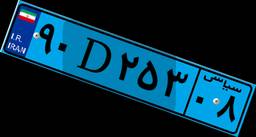
۹۰D۲۵۳۰۸